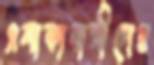
এলাকাবাসীদের